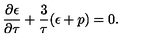
\frac { \partial \epsilon } { \partial \tau } + \frac { 3 } { \tau } ( \epsilon + p ) = 0 .